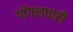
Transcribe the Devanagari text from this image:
गॉगलधारी